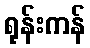
ရုန်းကန်